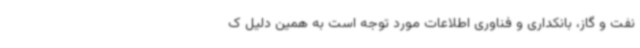
نفت و گاز، بانکداری و فناوری اطلاعات مورد توجه است به همین دلیل ک